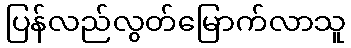
ပြန်လည်လွတ်မြောက်လာသူ